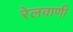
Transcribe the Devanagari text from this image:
रेलवाणी